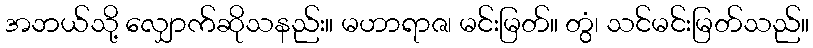
အဘယ်သို့ လျှောက်ဆိုသနည်း။ မဟာရာဇ၊ မင်းမြတ်။ တွံ၊ သင်မင်းမြတ်သည်။